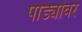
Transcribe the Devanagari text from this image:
पाड्यांवर